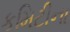
કમિટીના